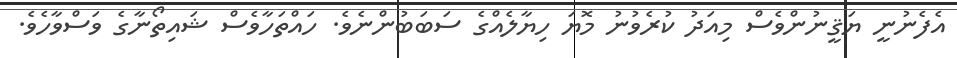
އެފެނުނީ ޔަޤީނުންވެސް މިއަދު ކުރެވުނު މޮޔަ ހިޔާލެއްގެ ސަބަބުންނެވެ. ހައްތަހާވެސް ޝައިތޯނާގެ ވަސްވާހެވެ.